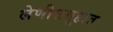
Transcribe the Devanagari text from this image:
लेणीसमूहात